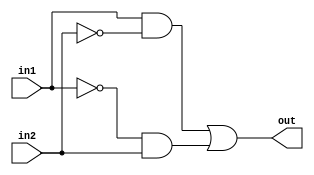

module xor_gate ( in1 , in2, out );

	input in1, in2;
	output out;
	
	assign out = ( in1 & ~in2 ) | ( ~in1 & in2);
	
endmodule

module and_gate ( in1 , in2, out );

	input in1, in2;
	output out;
	
	assign out = in1 & in2;

endmodule


module or_gate ( in1 , in2, out );

	input in1, in2;
	output out;
	
	assign out = in1 | in2;

endmodule


module full_adder ( in1 , in2, Cin , out, Cout );

	input in1, in2, Cin;
	output out, Cout;
	wire p,r,s;

	xor_gate sum1(in1, in2, p);
	xor_gate sum2(p, Cin, out);

	and_gate carry1 ( p, Cin, r );
	and_gate carry2 ( in1, in2, s);
	
	or_gate or1 ( r, s, Cout);
	
endmodule